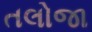
તલોજા